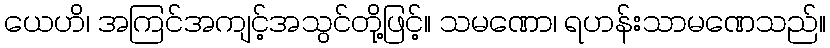
ယေဟိ၊ အကြင်အကျင့်အသွင်တို့ဖြင့်။ သမဏော၊ ရဟန်းသာမဏေသည်။